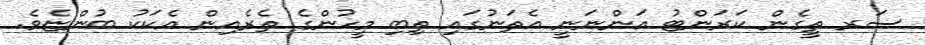
ސަރ ތީގެން ކަރަންޓު އަންނަނީ އެތަނުގައި ތިބި މީހުންގެ ތެރެއިން އެކަކު ބުންޏެވެ.